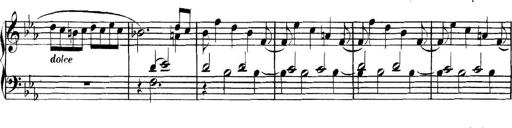
Title: Collected Piano Sonatas
Composer: Muzio Clementi